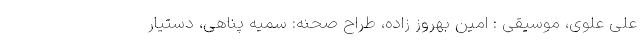
علی علوی، موسیقی : امین بهروز زاده، طراح صحنه: سمیه پناهی، دستیار